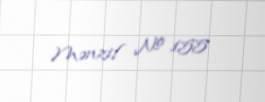
Mənzil № 155